Leaving Certificate Examination (including Day School Certificate (Higher) General paper), 1934
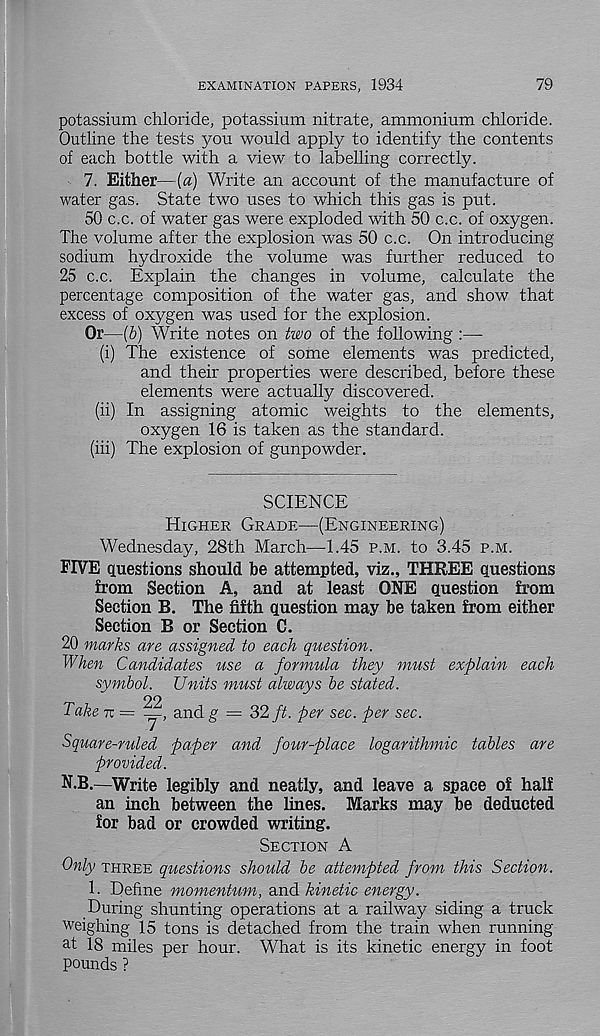
EXAMINATION PAPERS, 1934
79
potassium chloride, potassium nitrate, ammonium chloride.
Outline the tests you would apply to identify the contents
of each bottle with a view to labelling correctly.
7. Either—[a) Write an account of the manufacture of
water gas. State two uses to which this gas is put.
50 c.c. of water gas were exploded with 50 c.c. of oxygen.
The volume after the explosion was 50 c.c. On introducing
sodium hydroxide the volume was further reduced to
25 c.c. Explain the changes in volume, calculate the
percentage composition of the water gas, and show that
excess of oxygen was used for the explosion.
Or—{b) Write notes on two of the following :—
(i) The existence of some elements was predicted,
and their properties were described, before these
elements were actually discovered.
(ii) In assigning atomic weights to the elements,
oxygen 16 is taken as the standard.
(hi) The explosion of gunpowder.
SCIENCE
Higher Grade—(Engineering)
Wednesday, 28th March—1.45 p.m. to 3.45 p.m.
FIVE questions should be attempted, viz., THREE questions
from Section A, and at least ONE question from
Section B. The fifth question may be taken from either
Section B or Section C.
20 marks are assigned to each question.
When Candidates use a formula they must explain each
symbol. Units must always be stated.
22
Take tc = _, and g — 32 ft. per sec. per sec.
Square-ruled paper and four-place logarithmic tables are
provided.
N.B.—Write legibly and neatly, and leave a space of half
an inch between the lines. Marks may be deducted
for bad or crowded writing.
Section A
Only three questions should be attempted from this Section.
1. Define momentum, and kinetic energy.
During shunting operations at a railway siding a truck
weighing 15 tons is detached from the train when running
a t 18 miles per hour. What is its kinetic energy in foot
pounds ?